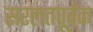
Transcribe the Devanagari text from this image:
सरलतपूर्वक